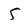
Character: 5